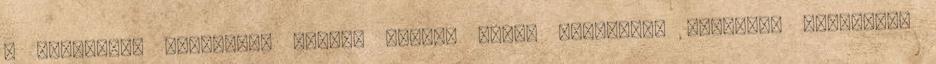
a migrációs válságot. Angela Merkel német kancellár részéről előkerült